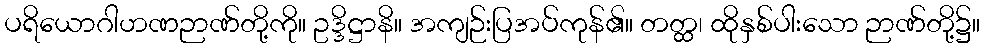
ပရိယောဂါဟဏဉာဏ်တို့ကို။ ဥဒ္ဒိဋ္ဌာနိ။ အကျဉ်းပြအပ်ကုန်၏။ တတ္ထ၊ ထိုနှစ်ပါးသော ဉာဏ်တို့၌။